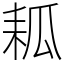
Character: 㼍